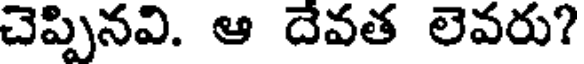
చెప్పినవి. ఆ దేవత లెవరు?